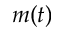
m ( t )